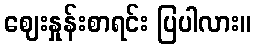
ဈေးနှုန်းစာရင်း ပြပါလား။